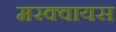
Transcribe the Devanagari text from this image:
मरक्वायस